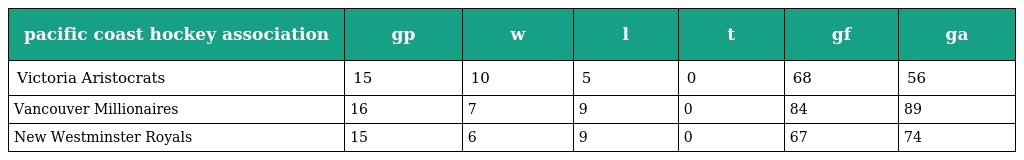
| pacific coast hockey association | gp | w | l | t | gf | ga |
 | --- | --- | --- | --- | --- | --- | --- |
 | Victoria Aristocrats | 15 | 10 | 5 | 0 | 68 | 56 |
 | Vancouver Millionaires | 16 | 7 | 9 | 0 | 84 | 89 |
 | New Westminster Royals | 15 | 6 | 9 | 0 | 67 | 74 |